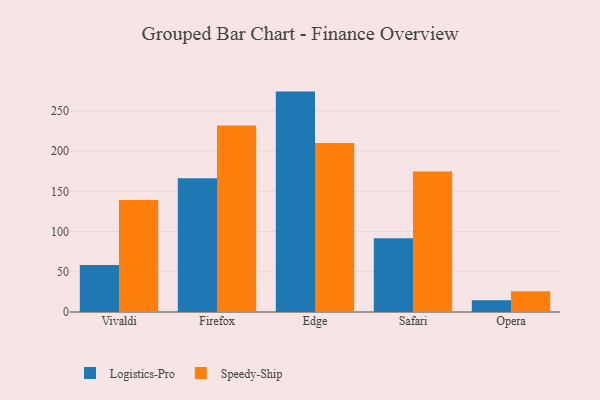
{"axis": {"x": "Browser", "y": "Shipments"}, "legend": ["Logistics-Pro", "Speedy-Ship"], "data": [{"x": "Vivaldi", "y": 58.4, "type": "Logistics-Pro"}, {"x": "Vivaldi", "y": 139.2, "type": "Speedy-Ship"}, {"x": "Firefox", "y": 166.3, "type": "Logistics-Pro"}, {"x": "Firefox", "y": 231.9, "type": "Speedy-Ship"}, {"x": "Edge", "y": 274.0, "type": "Logistics-Pro"}, {"x": "Edge", "y": 210.0, "type": "Speedy-Ship"}, {"x": "Safari", "y": 91.8, "type": "Logistics-Pro"}, {"x": "Safari", "y": 174.6, "type": "Speedy-Ship"}, {"x": "Opera", "y": 14.5, "type": "Logistics-Pro"}, {"x": "Opera", "y": 25.7, "type": "Speedy-Ship"}]}